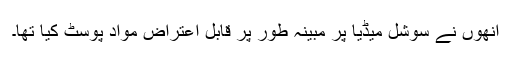
انھوں نے سوشل میڈیا پر مبینہ طور پر قابل اعتراض مواد پوسٹ کیا تھا۔